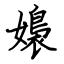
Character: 嬝